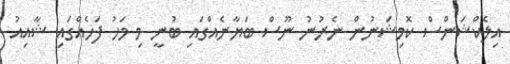
އިލެކްޝަންސް ކޮމިޝަނުން ނެރުނު ނޫސް ބަޔާނެއްގައި ބުނީ މި މަހު ފަހެއްގައި ޝާއިއު